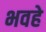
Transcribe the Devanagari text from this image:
भवहे